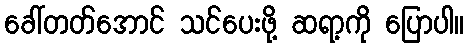
ခေါ်တတ်အောင် သင်ပေးဖို့ ဆရာ့ကို ပြောပါ။